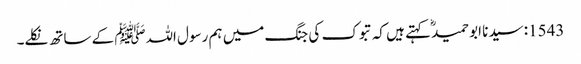
1543: سیدنا ابو حمیدؓ کہتے ہیں کہ تبوک کی جنگ میں ہم رسول اللہﷺ کے ساتھ نکلے۔